Civil Veterinary Dept. Bombay admin report 1900-1906 - 1900-1906
Year: 1900
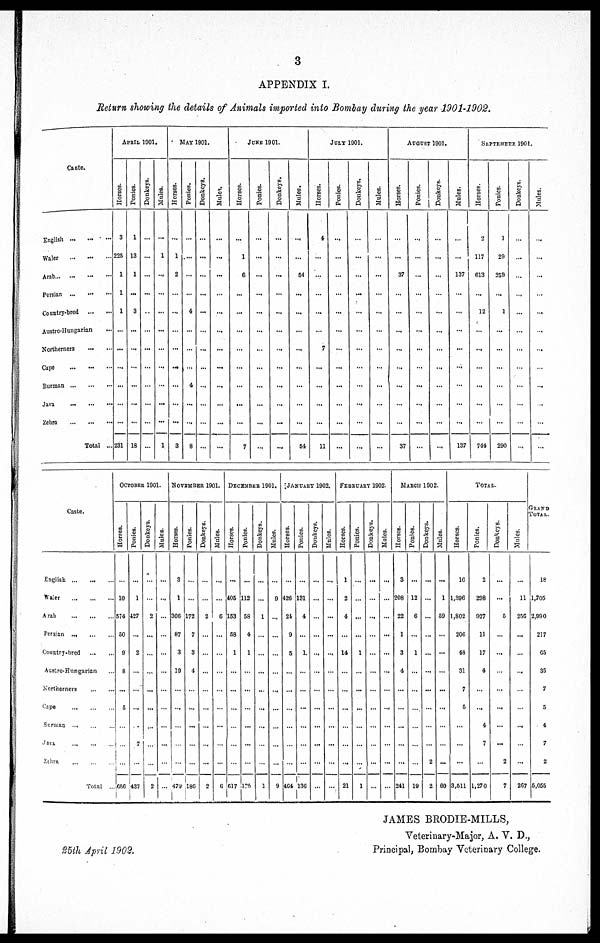
3
APPENDIX I.
Return showing the details of Animals imported into Bombay during the year 1901-1902.
Caste.
English
...
...
...
Waler
...
...
...
Arab... ... ... ...
Persian ...
...
...
Coutry-bred ... ...
Austro-Hungarian
...
Northerners ... ...
Cape ... ... ...
Burman
...
...
...
Java
...
...
...
Zebra
...
...
...
Total ...
APRIL 1901.
Horses.
3
225
1
1
1
...
...
...
...
...
...
231
Ponies.
1
13
1
...
3
...
...
...
...
...
...
18
Donkeys.
...
...
...
...
...
...
...
...
...
...
...
...
Mules.
...
1
...
...
...
...
...
...
...
...
...
1
MAY 1901.
Horses.
...
1
2
...
...
...
...
...
...
...
...
3
Ponies.
...
...
...
...
4
...
...
...
4
...
...
8
Donkeys.
...
...
...
...
...
...
...
...
...
...
...
...
Mules.
...
...
...
...
...
...
...
...
...
...
...
...
JUNE 1901.
Horses.
...
1
6
...
...
...
...
...
...
...
...
7
Ponies.
...
...
...
...
...
...
...
...
...
...
...
...
Donkeys.
...
...
...
...
...
...
...
...
...
...
...
...
Mules.
...
...
54
...
...
...
...
...
...
...
...
54
JULY 1901.
Horses.
4
...
...
...
...
...
7
...
...
...
11
Ponies.
...
...
...
...
...
...
...
...
...
...
...
...
Donkeys.
...
...
...
...
...
...
...
...
...
...
...
...
Mules.
...
...
...
...
...
...
...
...
...
...
...
AUGUST 1901.
Horses.
...
...
37
...
...
...
...
...
...
...
...
37
Ponies.
...
...
...
...
...
...
...
...
...
...
...
...
Donkeys.
...
...
...
...
...
...
...
...
...
...
...
...
Mules.
...
137
...
...
...
...
...
...
...
...
137
SEPTEMBER 1901.
Horses.
2
117
613
...
12
...
...
...
...
...
...
744
Ponies.
1
29
259
...
1
...
...
...
...
...
...
290
Donkeys.
...
...
...
...
...
...
...
...
...
...
...
Mules.
...
...
...
...
...
...
...
...
...
...
...
Caste.
English
...
...
...
Waler
...
...
...
Arab
...
...
...
Persian
...
...
...
Country-bred
...
...
Austro-Hungarian ...
Northerners
...
...
Cape ... ... ...
Surman
...
...
...
Java ... ... ...
Zebra ... ... ...
Total
...
OCTOBER 1901.
Hones.
...
10
574
50
9
8
...
5
...
...
...
656
Ponies.
...
1
427
...
2
...
...
...
...
7
...
437
Donkeys.
...
...
2
...
...
...
...
...
...
...
...
2
Mules.
...
...
...
...
...
...
...
...
...
...
...
...
NOVEMBER 1901.
Horses.
3
1
366
87
3
19
...
...
...
...
...
479
Ponies.
...
...
172
7
3
4
...
...
...
...
...
186
Donkeys.
...
...
2
...
...
...
...
...
...
...
...
2
Mules.
...
...
6
...
...
...
...
...
...
...
...
6
DECEMBER 1901.
Horses.
...
405
153
58
1
...
...
...
...
...
...
617
Ponies.
...
112
58
4
1
...
...
...
...
...
...
125
Donkeys.
...
...
1
...
...
...
...
...
...
...
1
Mules.
...
9
...
...
...
...
...
...
...
...
...
9
JANUARY 1902.
Horses.
...
426
24
9
5
...
...
...
...
...
464
Ponies.
...
131
4
...
1
...
...
...
...
...
...
136
Donkeys.
...
...
...
...
...
...
...
...
...
...
...
...
Mules.
...
...
...
...
...
...
...
...
...
...
...
...
FEBRUARY 1902.
Horses.
1
2
4
...
14
...
...
...
...
...
...
21
Ponies.
...
...
...
...
1
...
...
...
...
...
...
1
Donkeys.
...
...
...
...
...
...
...
...
...
...
...
...
Mules.
...
...
...
...
...
...
...
...
...
...
...
...
MARCH 1902.
Horses.
3
208
22
1
3
4
...
...
...
...
...
241
Ponies.
...
12
6
...
1
...
...
...
...
...
...
19
Donkeys.
...
...
...
...
...
...
...
...
...
...
2
2
Mules.
...
1
59
...
...
...
...
...
...
...
...
60
TOTAL.
Horses.
16
1,396
1,802
206
48
31
7
5
...
...
...
3,511
Ponies.
2
298
927
11
17
4
...
...
4
7
...
1,270
Donkeys.
...
...
5
...
...
...
...
...
...
...
2
7
Mules.
...
11
256
...
...
...
...
...
...
...
...
267
GRAND
TOTAL.
18
1,705
2,990
217
65
35
7
5
4
7
2
5,055
JAMES BRODIE-MILLS,
Veterinary-Major, A. V. D.,
Principal, Bombay Veterinary College.
25th April 1902.